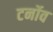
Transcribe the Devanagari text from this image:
टर्नोव